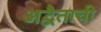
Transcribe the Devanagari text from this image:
अद्वैताची